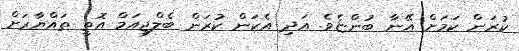
ކުރަން ކަމަށް އޭނާ ބުންޏެވެ. އަދި އެކަން ކުރަން ބެލްޖިއަމް އޮތީ ތައްޔާރަށް